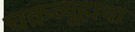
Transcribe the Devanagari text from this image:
चक्रव्यूहाचा